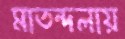
মাতন্দলায়